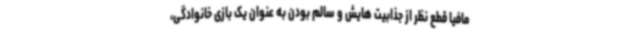
مافیا قطع نظر از جذابیت هایش و سالم بودن به عنوان یک بازی خانوادگی،